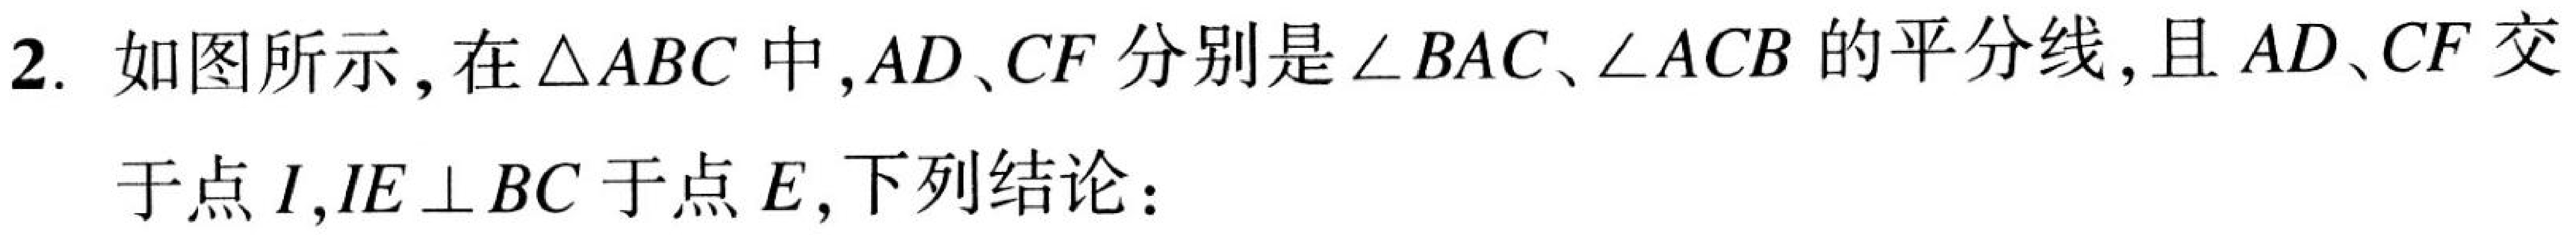
2. 如图所示，在\(\triangle ABC\)中，\(AD\)、\(CF\)分别是\(\angle BAC\)、\(\angle ACB\)的平分线，且\(AD\)、\(CF\)交
于点\(I\)，\(IE\perp BC\)于点\(E\)，下列结论：